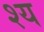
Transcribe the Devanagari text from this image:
श्य